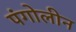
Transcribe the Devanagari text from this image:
पंगोलीन